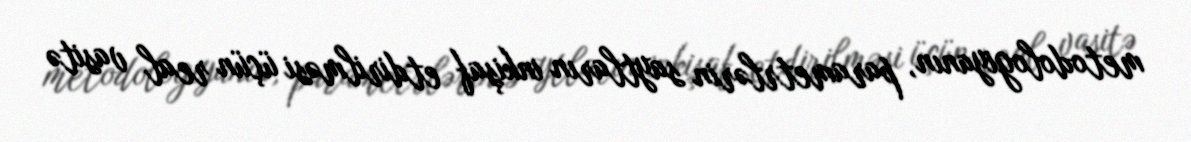
metodologiyanın, parametrlərin saytların inkişaf etdirilməsi üçün real vasitə